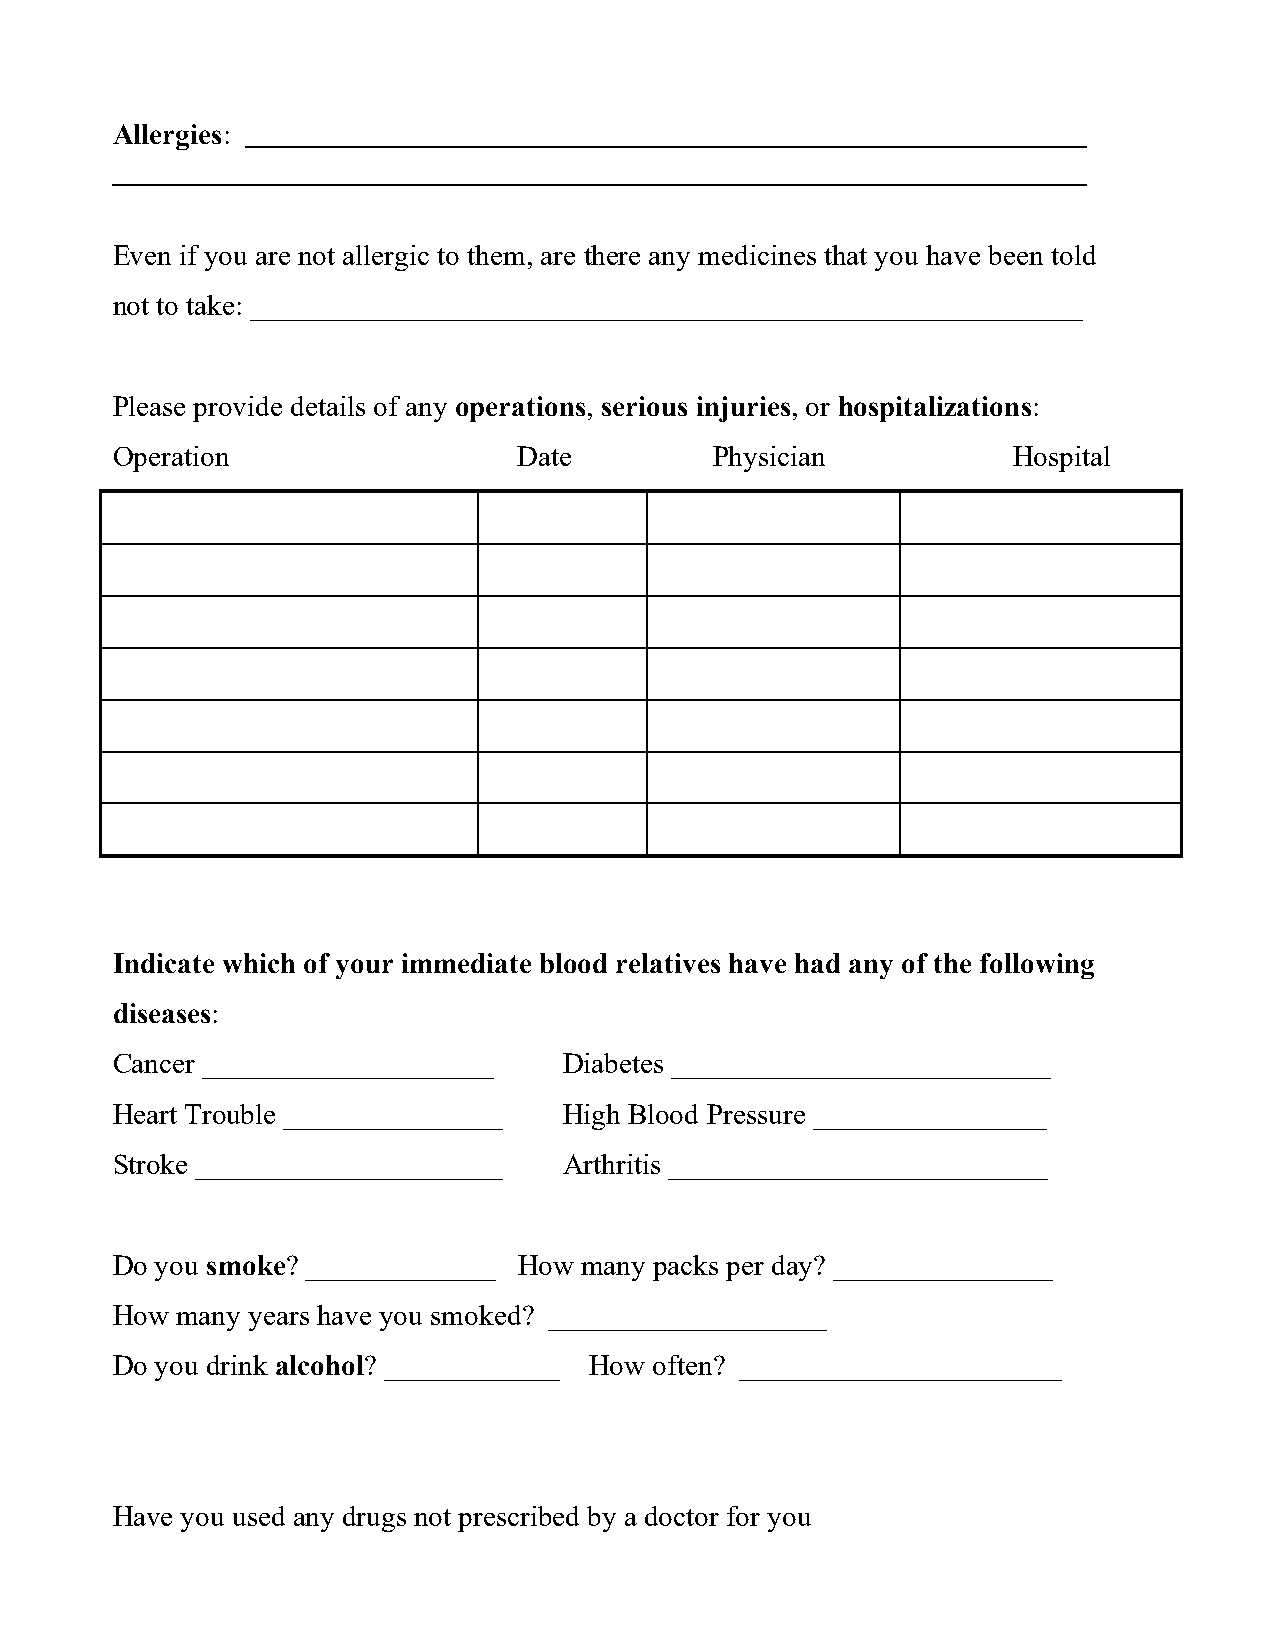
Allergies:
 Even if you are not allergic to them, are there any medicines that you have been told
 not to take: _________________________________________________________
 Please provide details of any operations, serious injuries, or hospitalizations:
 Operation                  Date         Physician           Hospital
 Indicate which of your immediate blood relatives have had any of the following
 diseases:
 Cancer ____________________   Diabetes __________________________
 Heart Trouble _______________ High Blood Pressure ________________
 Stroke _____________________  Arthritis __________________________
 Do you smoke? _____________ How many packs per day? _______________
 How  many years have you smoked? ___________________
 Do you drink alcohol? ____________ How often? ______________________
 Have you used any drugs not prescribed by a doctor for you